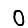
Digit: 0